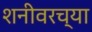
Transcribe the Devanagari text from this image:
शनीवरच्या